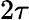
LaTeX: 2\tau